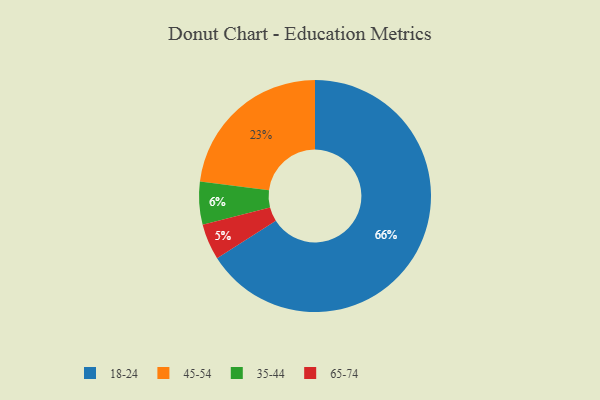
{"axis": {"x": "Category", "y": "Percentage"}, "legend": ["18-24", "35-44", "45-54", "65-74"], "data": [{"x": "35-44", "y": 6, "type": "35-44"}, {"x": "45-54", "y": 23, "type": "45-54"}, {"x": "65-74", "y": 5, "type": "65-74"}, {"x": "18-24", "y": 66, "type": "18-24"}]}